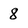
Character: 8